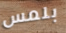
بلمس